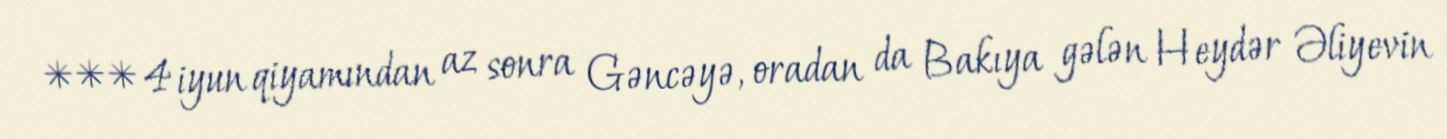
*** 4 iyun qiyamından az sonra Gəncəyə, oradan da Bakıya gələn Heydər Əliyevin